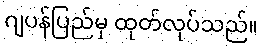
ဂျပန်ပြည်မှ ထုတ်လုပ်သည်။